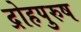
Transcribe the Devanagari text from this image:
द्रोहपुरुष